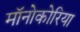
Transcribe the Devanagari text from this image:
मॉनोकोरिया